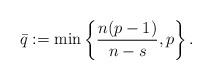
LaTeX: \begin{align*} \bar q := \min\left\{\frac{n(p-1)}{n-s},p\right\}.\end{align*}